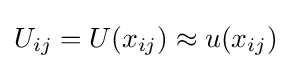
U_{ij}=U(x_{ij})\approx u(x_{ij})